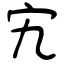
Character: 宄